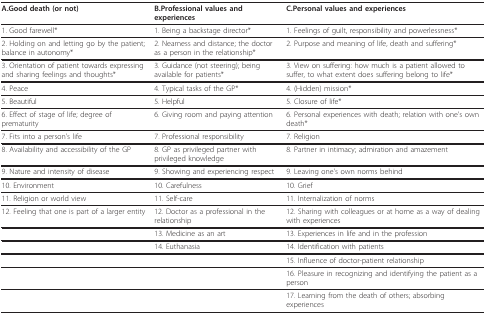
| A.Good death (or not) | B.Professional values and experiences | C.Personal values and experiences |
 | --- | --- | --- |
 | 1. Good farewell* | 1. Being a backstage director* | 1. Feelings of guilt, responsibility and powerlessness* |
 | 2. Holding on and letting go by the patient; balance in autonomy* | 2. Nearness and distance; the doctor as a person in the relationship* | 2. Purpose and meaning of life, death and suffering* |
 | 3. Orientation of patient towards expressing and sharing feelings and thoughts* | 3. Guidance (not steering); being available for patients* | 3. View on suffering: how much is a patient allowed to suffer, to what extent does suffering belong to life* |
 | 4. Peace | 4. Typical tasks of the GP* | 4. (Hidden) mission* |
 | 5. Beautiful | 5. Helpful | 5. Closure of life* |
 | 6. Effect of stage of life; degree of prematurity | 6. Giving room and paying attention | 6. Personal experiences with death; relation with one's own death* |
 | 7. Fits into a person's life | 7. Professional responsibility | 7. Religion |
 | 8. Availability and accessibility of the GP | 8. GP as privileged partner with privileged knowledge | 8. Partner in intimacy; admiration and amazement |
 | 9. Nature and intensity of disease | 9. Showing and experiencing respect | 9. Leaving one's own norms behind |
 | 10. Environment | 10. Carefulness | 10. Grief |
 | 11. Religion or world view | 11. Self-care | 11. Internalization of norms |
 | 12. Feeling that one is part of a larger entity | 12. Doctor as a professional in the relationship | 12. Sharing with colleagues or at home as a way of dealing with experiences |
 |  | 13. Medicine as an art | 13. Experiences in life and in the profession |
 |  | 14. Euthanasia | 14. Identification with patients |
 |  |  | 15. Influence of doctor-patient relationship |
 |  |  | 16. Pleasure in recognizing and identifying the patient as a person |
 |  |  | 17. Learning from the death of others; absorbing experiences |